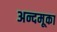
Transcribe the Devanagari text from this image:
अन्दमूका